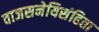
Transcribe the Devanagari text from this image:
वाजसनेयिसंहिता